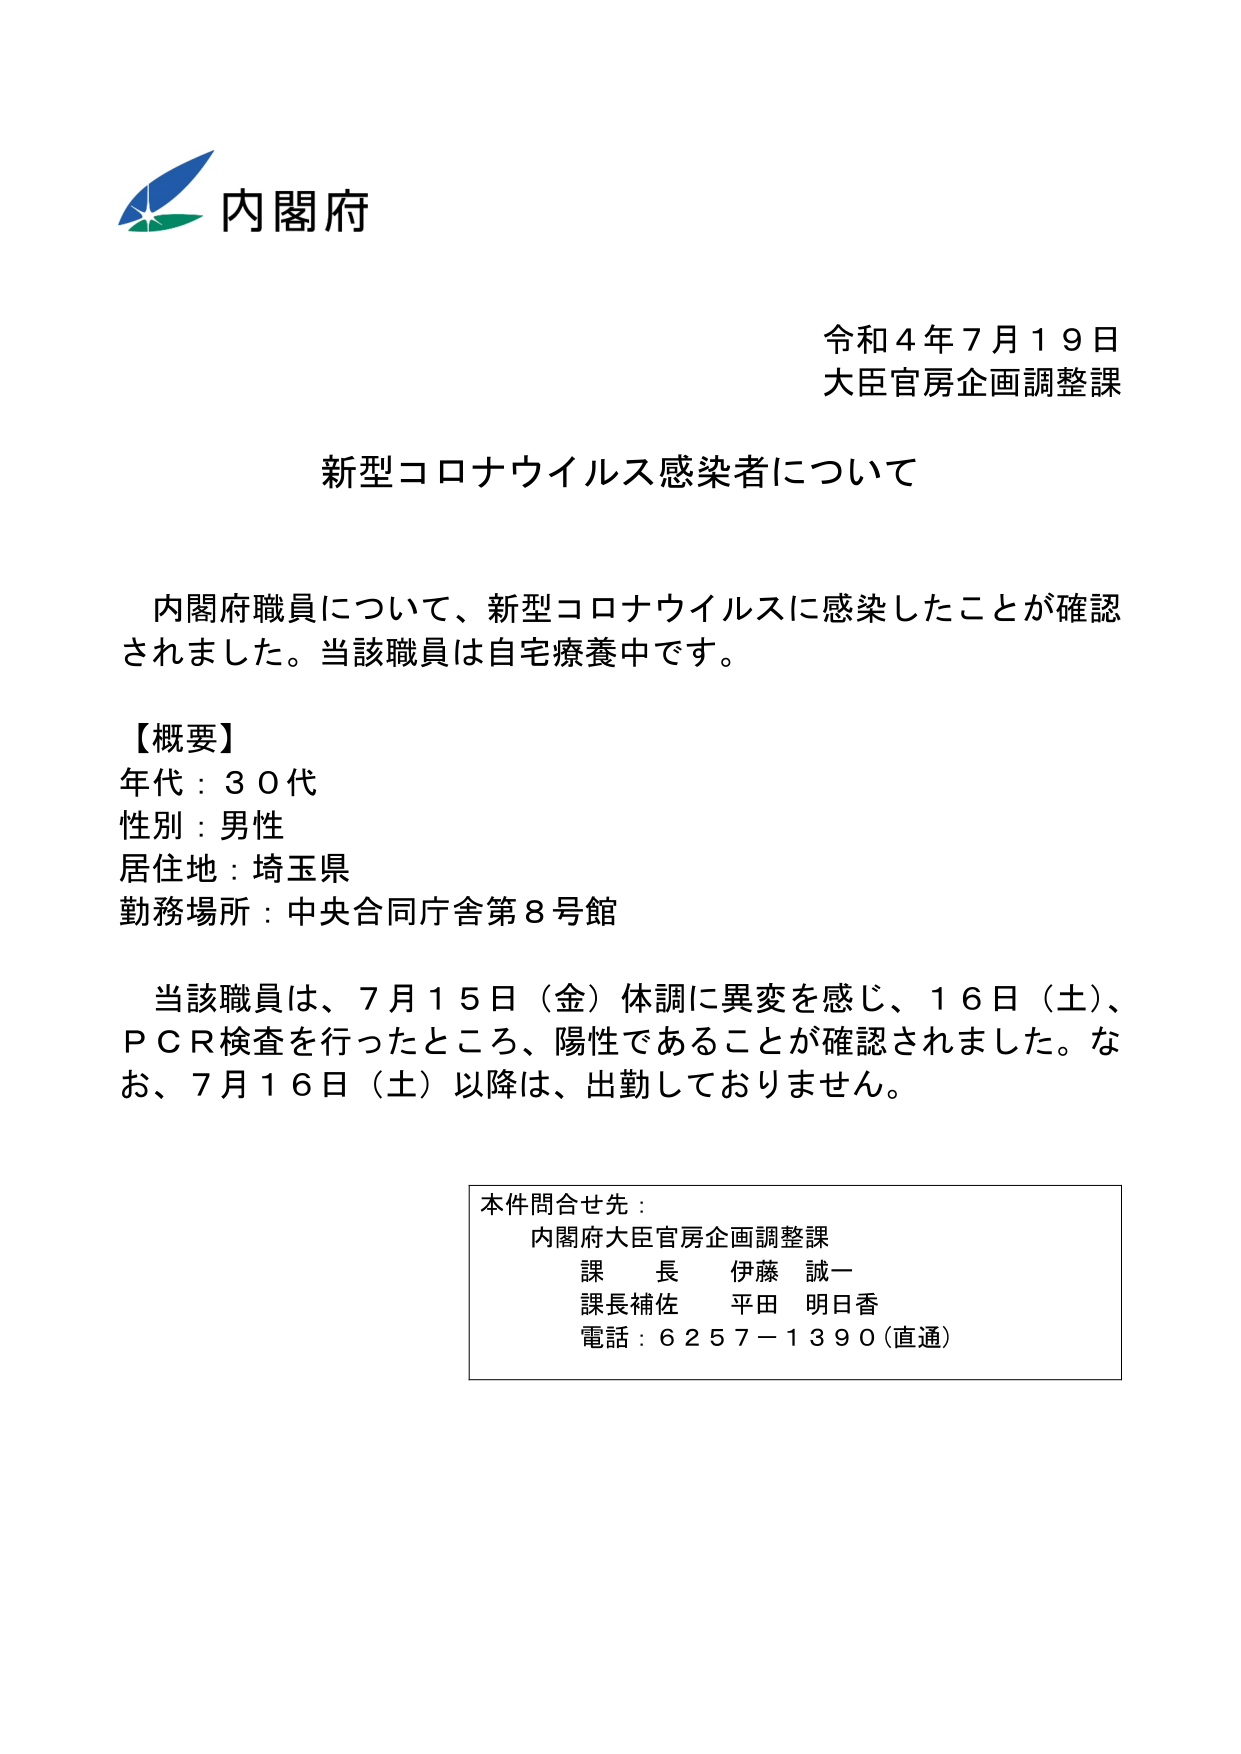
内閣府
令和４年７月１９日
大臣官房企画調整課

新型コロナウイルス感染者について

内閣府職員について、新型コロナウイルスに感染したことが確認されました。当該職員は自宅療養中です。

【概要】
年代：３０代
性別：男性
居住地：埼玉県
勤務場所：中央合同庁舎第８号館

当該職員は、７月１５日（金）体調に異変を感じ、１６日（土）、ＰＣＲ検査を行ったところ、陽性であることが確認されました。なお、７月１６日（土）以降は、出勤しておりません。

本件問合せ先：
内閣府大臣官房企画調整課
課　長　伊藤　誠一
課長補佐　平田　明日香
電話：６２５７－１３９０（直通）